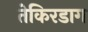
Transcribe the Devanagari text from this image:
तेकिरडाग